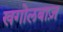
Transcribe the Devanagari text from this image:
खगोलबाज़